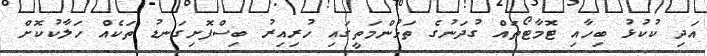
އަދި ކުކުޅު ބިހާއި ޓޮމާޓޯތައް ގުދަނުގެ ތަޅުންމަތީގައި ހުރިއިރު ބިސްފޮށިގަނޑު ތަކެއް ހަލާކުކޮށް